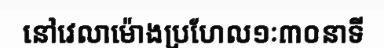
នៅវេលាម៉ោងប្រហែល១ៈ៣០នាទី